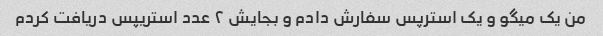
من یک میگو و یک استرپس سفارش دادم و بجایش ٢ عدد استریپس دریافت کردم